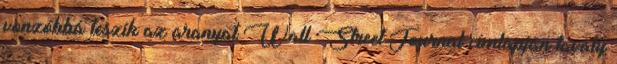
vonzóbbá teszik az aranyat Wall Street Journal címlapján tavaly